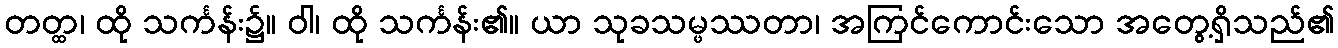
တတ္ထ၊ ထို သင်္ကန်း၌။ ဝါ၊ ထို သင်္ကန်း၏။ ယာ သုခသမ္ဖဿတာ၊ အကြင်ကောင်းသော အတွေ့ရှိသည်၏